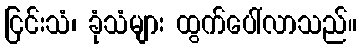
ငြင်းသံ၊ ခုံသံများ ထွက်ပေါ်လာသည်။